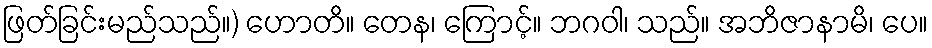
ဖြတ်ခြင်းမည်သည်။) ဟောတိ။ တေန၊ ကြောင့်။ ဘဂဝါ၊ သည်။ အဘိဇာနာမိ၊ ပေ။